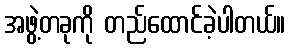
အဖွဲ့တခုကို တည်ထောင်ခဲ့ပါတယ်။